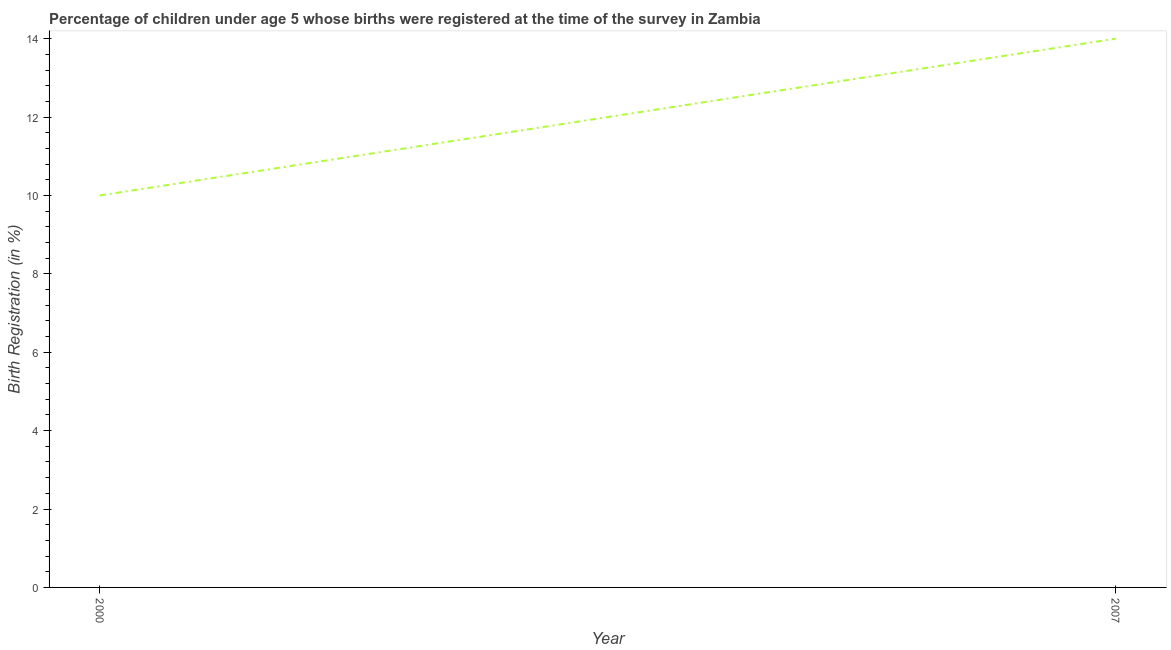
| Year | Birth registration |
 | --- | --- |
 | 2000 | 10 |
 | 2007 | 14 |